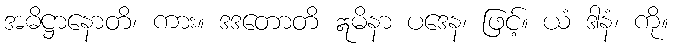
အဓိဋ္ဌာနောတိ၊ ကား။ ဒဒတောတိ ဣမိနာ ပဒေန၊ ဖြင့်။ ယံ ဒါနံ၊ ကို။